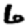
Digit: 6